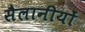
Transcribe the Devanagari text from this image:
सैलानीयों